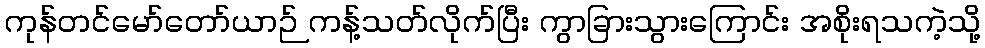
ကုန်တင်မော်တော်ယာဉ် ကန့်သတ်လိုက်ပြီး ကွာခြားသွားကြောင်း အစိုးရသကဲ့သို့